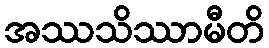
အဿသိဿာမီတိ